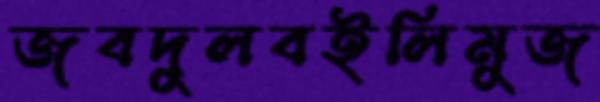
জবদুলবইলিমুজ